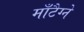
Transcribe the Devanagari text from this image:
माँटैग्ने